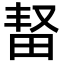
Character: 𬏆